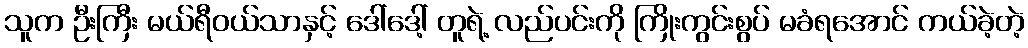
သူက ဦးကြီး မယ်ရီဝယ်သာနှင့် ဒေါ်ဒေါ့် တူရဲ့ လည်ပင်းကို ကြိုးကွင်းစွပ် မခံရအောင် ကယ်ခဲ့တဲ့